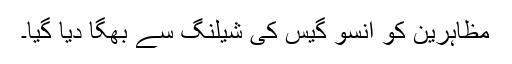
مظاہرین کو آنسو گیس کی شیلنگ سے بھگا دیا گیا۔